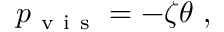
p _ { \mathrm { ~ v ~ i ~ s ~ } } = - \zeta \theta ~ ,